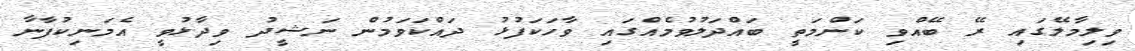
ވިލިމާލޭގައި ރޭ ބޭއްވި ކަންމަތީ ބައްދަލުވުމެއްގައި ވާހަކަފުޅު ދައްކަވަމުން ނަޝީދު ވިދާޅުވީ އެމަނިކުފާނާ